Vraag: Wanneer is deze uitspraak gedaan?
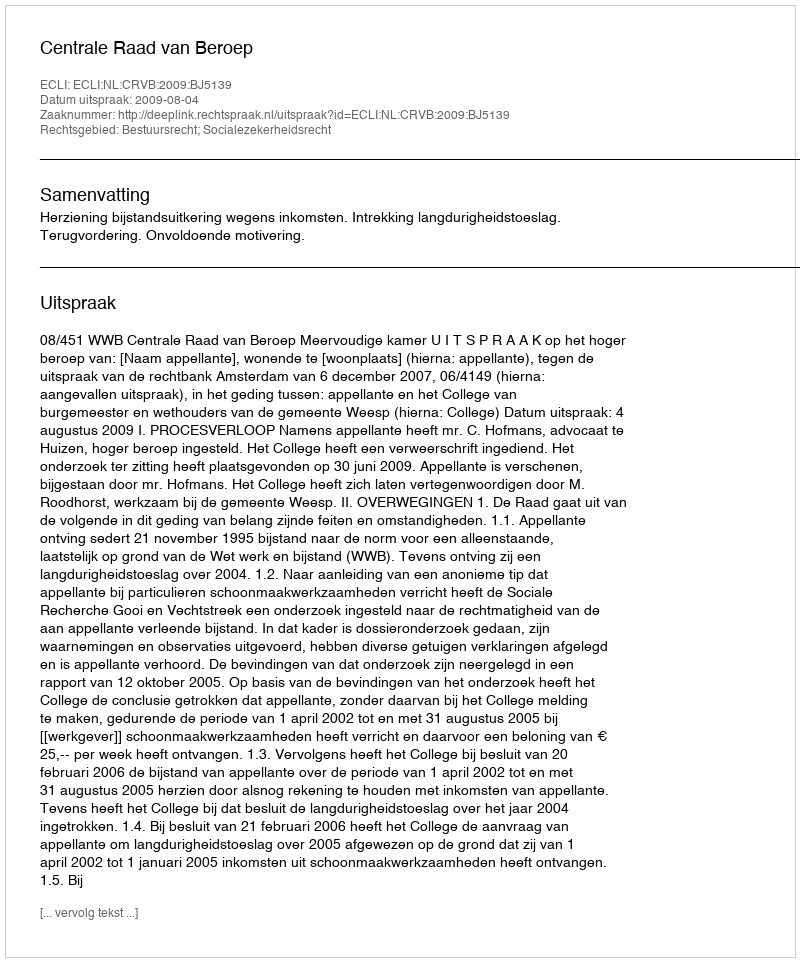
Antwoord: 2009-08-04